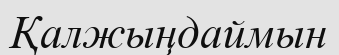
Қалжыңдаймын